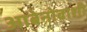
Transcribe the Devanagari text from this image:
आबेनोबाशी